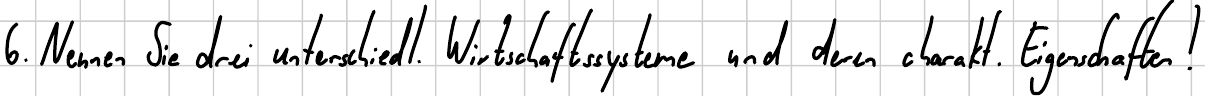
6. Nennen Sie drei unterschiedl. Wirtschaftssysteme und deren charakt. Eigenschaften!